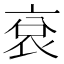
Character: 袞